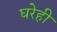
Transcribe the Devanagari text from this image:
घरेही